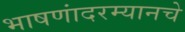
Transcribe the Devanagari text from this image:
भाषणांदरम्यानचे